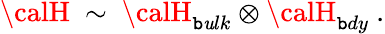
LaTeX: {\calH}~\sim~{\calH}_{\mathtt{b}\mathit{u}lk}\otimes{\calH}_{\mathtt{b}dy}~.